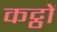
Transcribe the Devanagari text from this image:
कट्ठों